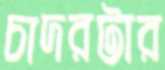
চাদরটার